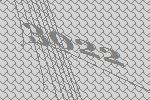
3022